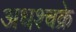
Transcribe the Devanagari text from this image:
अधश्चक्रे